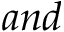
a n d